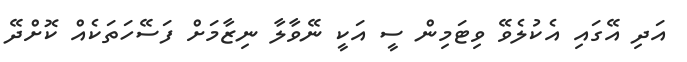
އަދި އޭގައި އެކުލެވޭ ވިޓަމިން ސީ އަކީ ނޭވާލާ ނިޒާމަށް ފަސޭހަތަކެއް ކޮށްދޭ